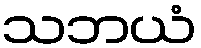
သဘယံ